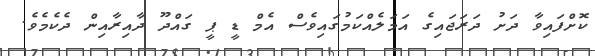
ކޮށްފައިވާ ދަށު ދަރަޖައިގެ އަމަލެއްކަމުގައިވެސް އެމް ޑީ ޕީ ގައްދޫ ދާއިރާއިން ދެކެމެވެ.